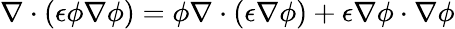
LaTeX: \nabla\cdot\left(\epsilon\phi\nabla\phi\right)=\phi\nabla\cdot\left(\epsilon\nabla\phi\right)+\epsilon\nabla\phi\cdot\nabla\phi